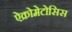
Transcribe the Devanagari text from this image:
ऐक्रोमेटोसिस